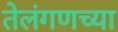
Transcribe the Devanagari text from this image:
तेलंगणच्या